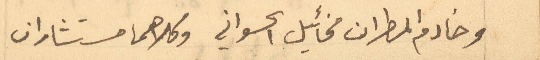
وخادم المطران مخائيل الحسواني وكلاهما مستشاران